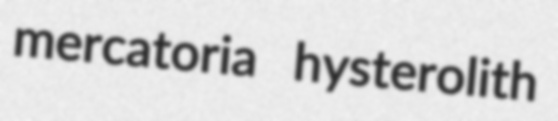
mercatoria hysterolith